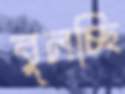
বুলচ্ছি